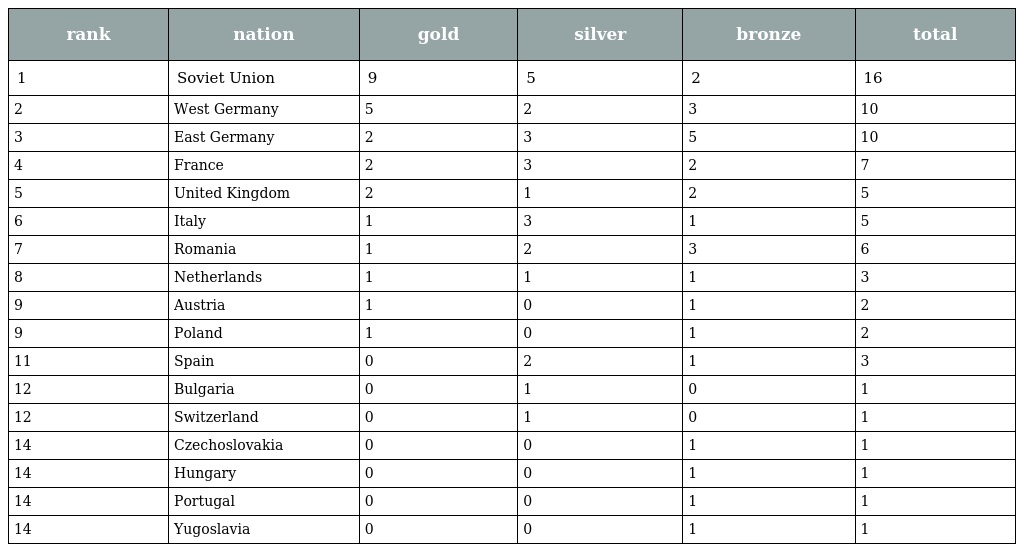
| rank | nation | gold | silver | bronze | total |
 | --- | --- | --- | --- | --- | --- |
 | 1 | Soviet Union | 9 | 5 | 2 | 16 |
 | 2 | West Germany | 5 | 2 | 3 | 10 |
 | 3 | East Germany | 2 | 3 | 5 | 10 |
 | 4 | France | 2 | 3 | 2 | 7 |
 | 5 | United Kingdom | 2 | 1 | 2 | 5 |
 | 6 | Italy | 1 | 3 | 1 | 5 |
 | 7 | Romania | 1 | 2 | 3 | 6 |
 | 8 | Netherlands | 1 | 1 | 1 | 3 |
 | 9 | Austria | 1 | 0 | 1 | 2 |
 | 9 | Poland | 1 | 0 | 1 | 2 |
 | 11 | Spain | 0 | 2 | 1 | 3 |
 | 12 | Bulgaria | 0 | 1 | 0 | 1 |
 | 12 | Switzerland | 0 | 1 | 0 | 1 |
 | 14 | Czechoslovakia | 0 | 0 | 1 | 1 |
 | 14 | Hungary | 0 | 0 | 1 | 1 |
 | 14 | Portugal | 0 | 0 | 1 | 1 |
 | 14 | Yugoslavia | 0 | 0 | 1 | 1 |